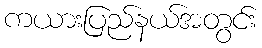
ကယားပြည်နယ်အတွင်း